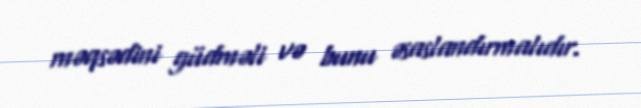
məqsədini güdməli və bunu əsaslandırmalıdır.